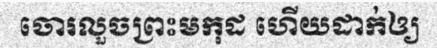
ចោរលួចព្រះមកុដ ហើយដាក់ឲ្យ